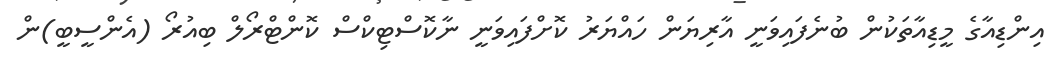
އިންޑިއާގެ މީޑިއާތަކުން ބުނެފައިވަނީ އާރިޔަން ހައްޔަރު ކޮށްފައިވަނީ ނާކޮސްޓިކްސް ކޮންޓްރޯލް ބިއުރޯ (އެންސީބީ)ން